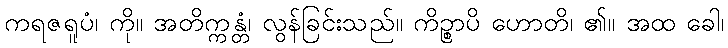
ကရဇရူပံ၊ ကို။ အတိက္ကန္တံ၊ လွန်ခြင်းသည်။ ကိဉ္စာပိ ဟောတိ၊ ၏။ အထ ခေါ၊